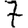
Digit: 7